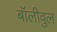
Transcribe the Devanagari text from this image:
बॉलीवुल